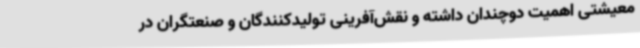
معیشتی اهمیت دوچندان داشته و نقش‌آفرینی تولیدکنندگان و صنعتگران در